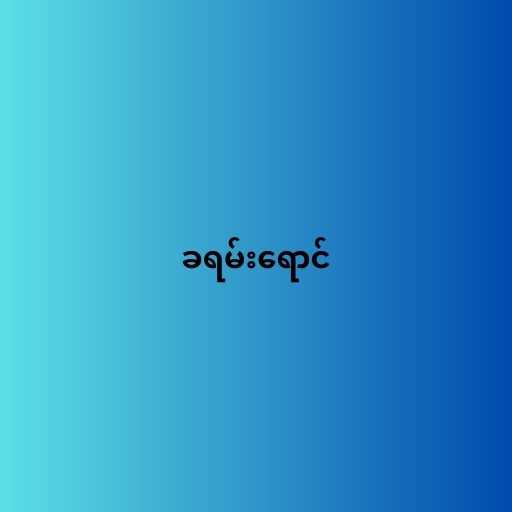
ခရမ်းရောင်